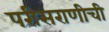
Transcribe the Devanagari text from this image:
परीसराणीची